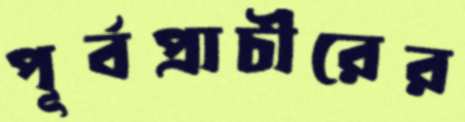
পূর্বপ্রাচীরের